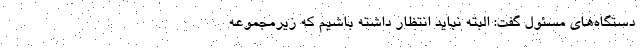
دستگاه‌های مسئول گفت: البته نباید انتظار داشته باشیم که زیرمجموعه